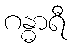
ဂန္ဓာရီ